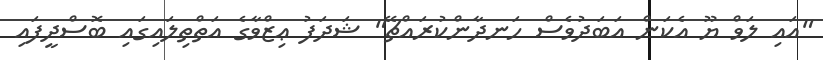
"އައި ލަވް ޔޫ އެކަން އަބަދުވެސް ހަނދާންކުރައްޗޭ" ޝަދަފު ޢިޒްވާގެ އަތްތިލައިގައި ބޮސްދީފައި